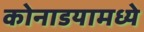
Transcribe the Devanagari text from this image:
कोनाडयामध्ये